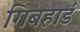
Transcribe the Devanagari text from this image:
गिबहार्ड